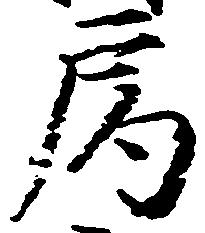
局